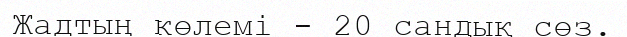
Жадтың көлемі - 20 сандық сөз.